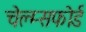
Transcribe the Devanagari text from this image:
चेल्म्सफोर्ड